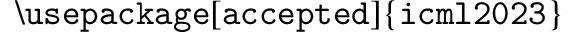
\mathtt { \backslash u s e p a c k a g e [ a c c e p t e d ] \{ i c m l 2 0 2 3 \} }